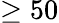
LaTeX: \geq 50